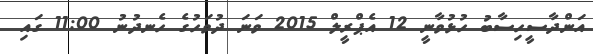
އަންދާސީހިސާބު ހުޅުވާނީ 12 އެޕްރީލް 2015 ވަނަ ދުވަހުގެ ހެނދުނު 11:00 ގައި